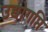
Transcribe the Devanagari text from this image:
उद्योगप्ति